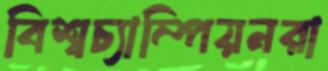
বিশ্বচ্যাম্পিয়নরা